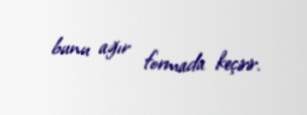
bunu ağır formada keçirir.